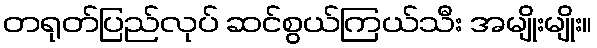
တရုတ်ပြည်လုပ် ဆင်စွယ်ကြယ်သီး အမျိုးမျိုး။